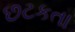
છટકતા